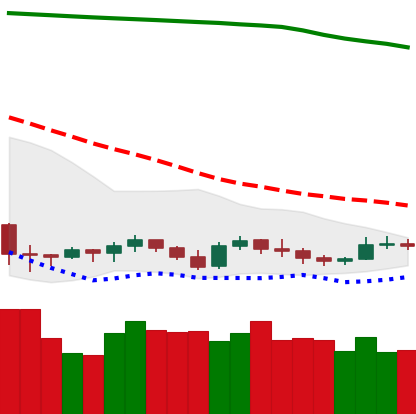
Ticker: XRP-USD
Chart end date: 2019-09-16
Forward return: 10.918%
Label: up_7plus